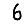
Digit: 6